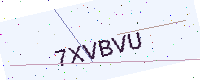
Text: 7XVBVU